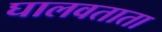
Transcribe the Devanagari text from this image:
घालवताता